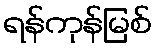
ရန်ကုန်မြစ်